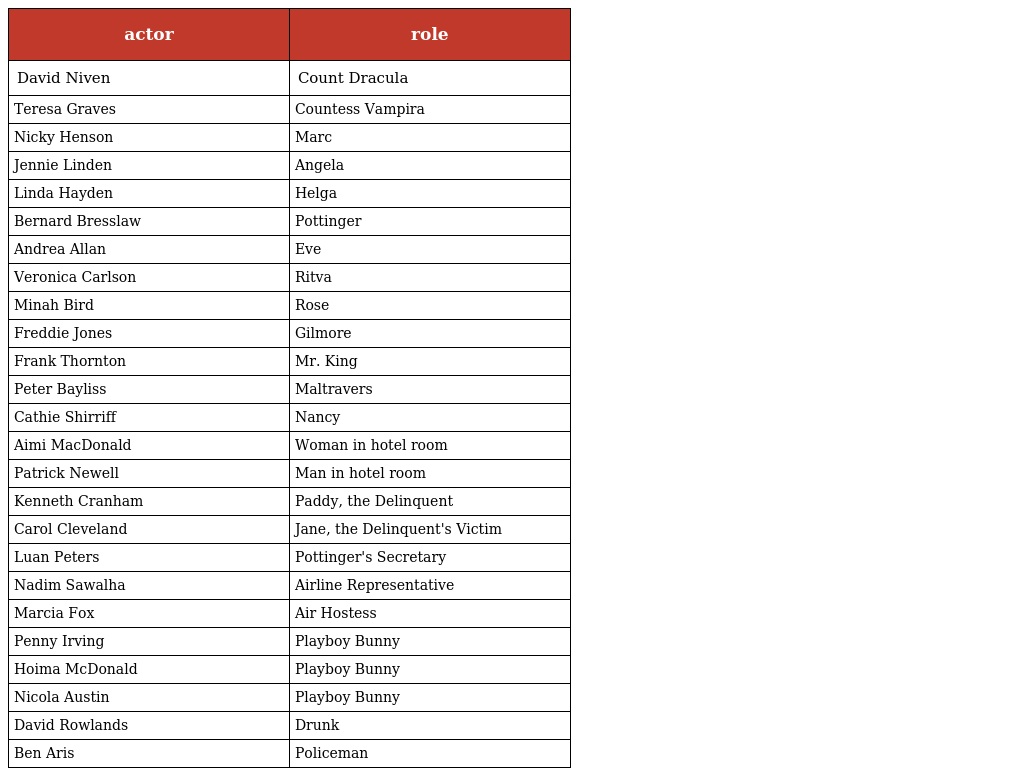
| actor | role |
 | --- | --- |
 | David Niven | Count Dracula |
 | Teresa Graves | Countess Vampira |
 | Nicky Henson | Marc |
 | Jennie Linden | Angela |
 | Linda Hayden | Helga |
 | Bernard Bresslaw | Pottinger |
 | Andrea Allan | Eve |
 | Veronica Carlson | Ritva |
 | Minah Bird | Rose |
 | Freddie Jones | Gilmore |
 | Frank Thornton | Mr. King |
 | Peter Bayliss | Maltravers |
 | Cathie Shirriff | Nancy |
 | Aimi MacDonald | Woman in hotel room |
 | Patrick Newell | Man in hotel room |
 | Kenneth Cranham | Paddy, the Delinquent |
 | Carol Cleveland | Jane, the Delinquent's Victim |
 | Luan Peters | Pottinger's Secretary |
 | Nadim Sawalha | Airline Representative |
 | Marcia Fox | Air Hostess |
 | Penny Irving | Playboy Bunny |
 | Hoima McDonald | Playboy Bunny |
 | Nicola Austin | Playboy Bunny |
 | David Rowlands | Drunk |
 | Ben Aris | Policeman |